Madras plague regulations and rules - Volume 2
Disease focus: Plague
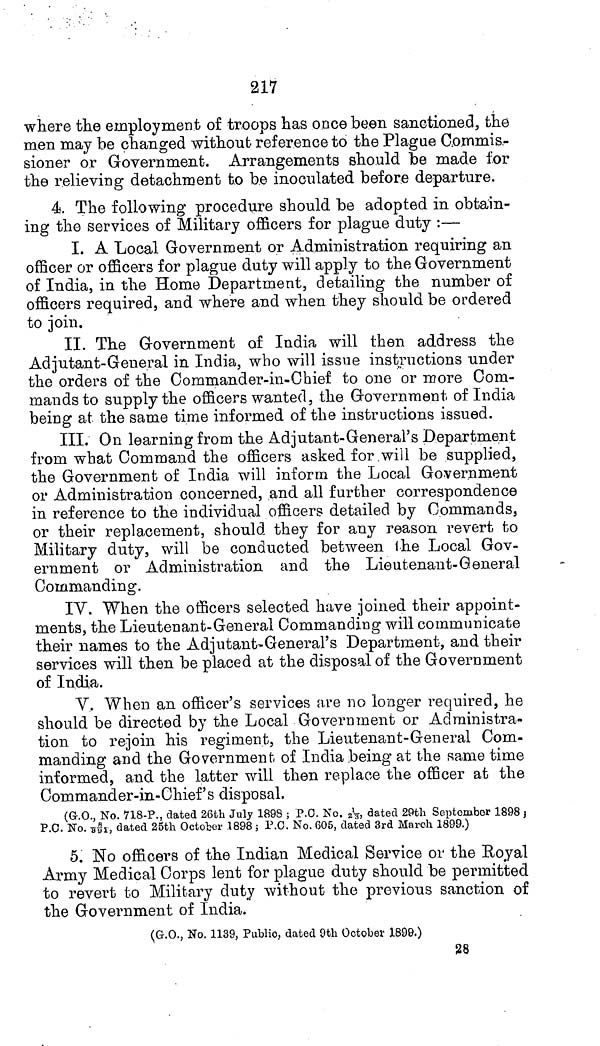
217
where the employment of troops has once been sanctioned, the
men may be changed without reference to the Plague Commis-
sioner or Government. Arrangements should be made for
the relieving detachment to be inoculated before departure.
4. The following procedure should be adopted in obtain-
ing the services of Military officers for plague duty :—
I. A Local Government or Administration requiring an
officer or officers for plague duty will apply to the Government
of India, in the Home Department, detailing the number of
officers required, and where and when they should be ordered
to join.
II. The Government of India will then address the
Adjutant-General in India, who will issue instructions under
the orders of the Commander-in-Chief to one or more Com-
mands to supply the officers wanted, the Government of India
being at the same time informed of the instructions issued.
III. On learning from the Adjutant-General's Department
from what Command the officers asked for will be supplied,
the Government of India will inform the Local Government
or Administration concerned, and all further correspondence
in reference to the individual officers detailed by Commands,
or their replacement, should they for any reason revert to
Military duty, will be conducted between the Local Gov-
ernment or Administration and the Lieutenant-General
Commanding.
IV. When the officers selected have joined their appoint-
ments, the Lieutenant-General Commanding will communicate
their names to the Adjutant-General's Department, and their
services will then be placed at the disposal of the Government
of India.
V. When an officer's services are no longer required, he
should be directed by the Local Government or Administra-
tion to rejoin his regiment, the Lieutenant-General Com-
manding and the Government of India being at the same time
informed, and the latter will then replace the officer at the
Commander-in-Chief's disposal.
(G-.O., No. 718-P., dated 26th July 1898 ; P.C. No. 2 , dated 29th September 1898
P.O. No. \8/991\, dated 25th October 1898 5 P.C. No. 605, dated 3rd March 1899.)
5. No officers of the Indian Medical Service or the Royal
Army Medical Corps lent for plague duty should be permitted
to revert to Military duty without the previous sanction of
the Government of India.
(G.O., No. 1139, Public, dated 9th October 1899.)
28